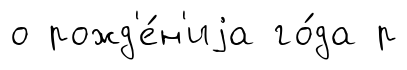
о рожд'е́н'иjа го́да р